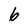
Character: 6